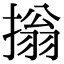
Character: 㨣